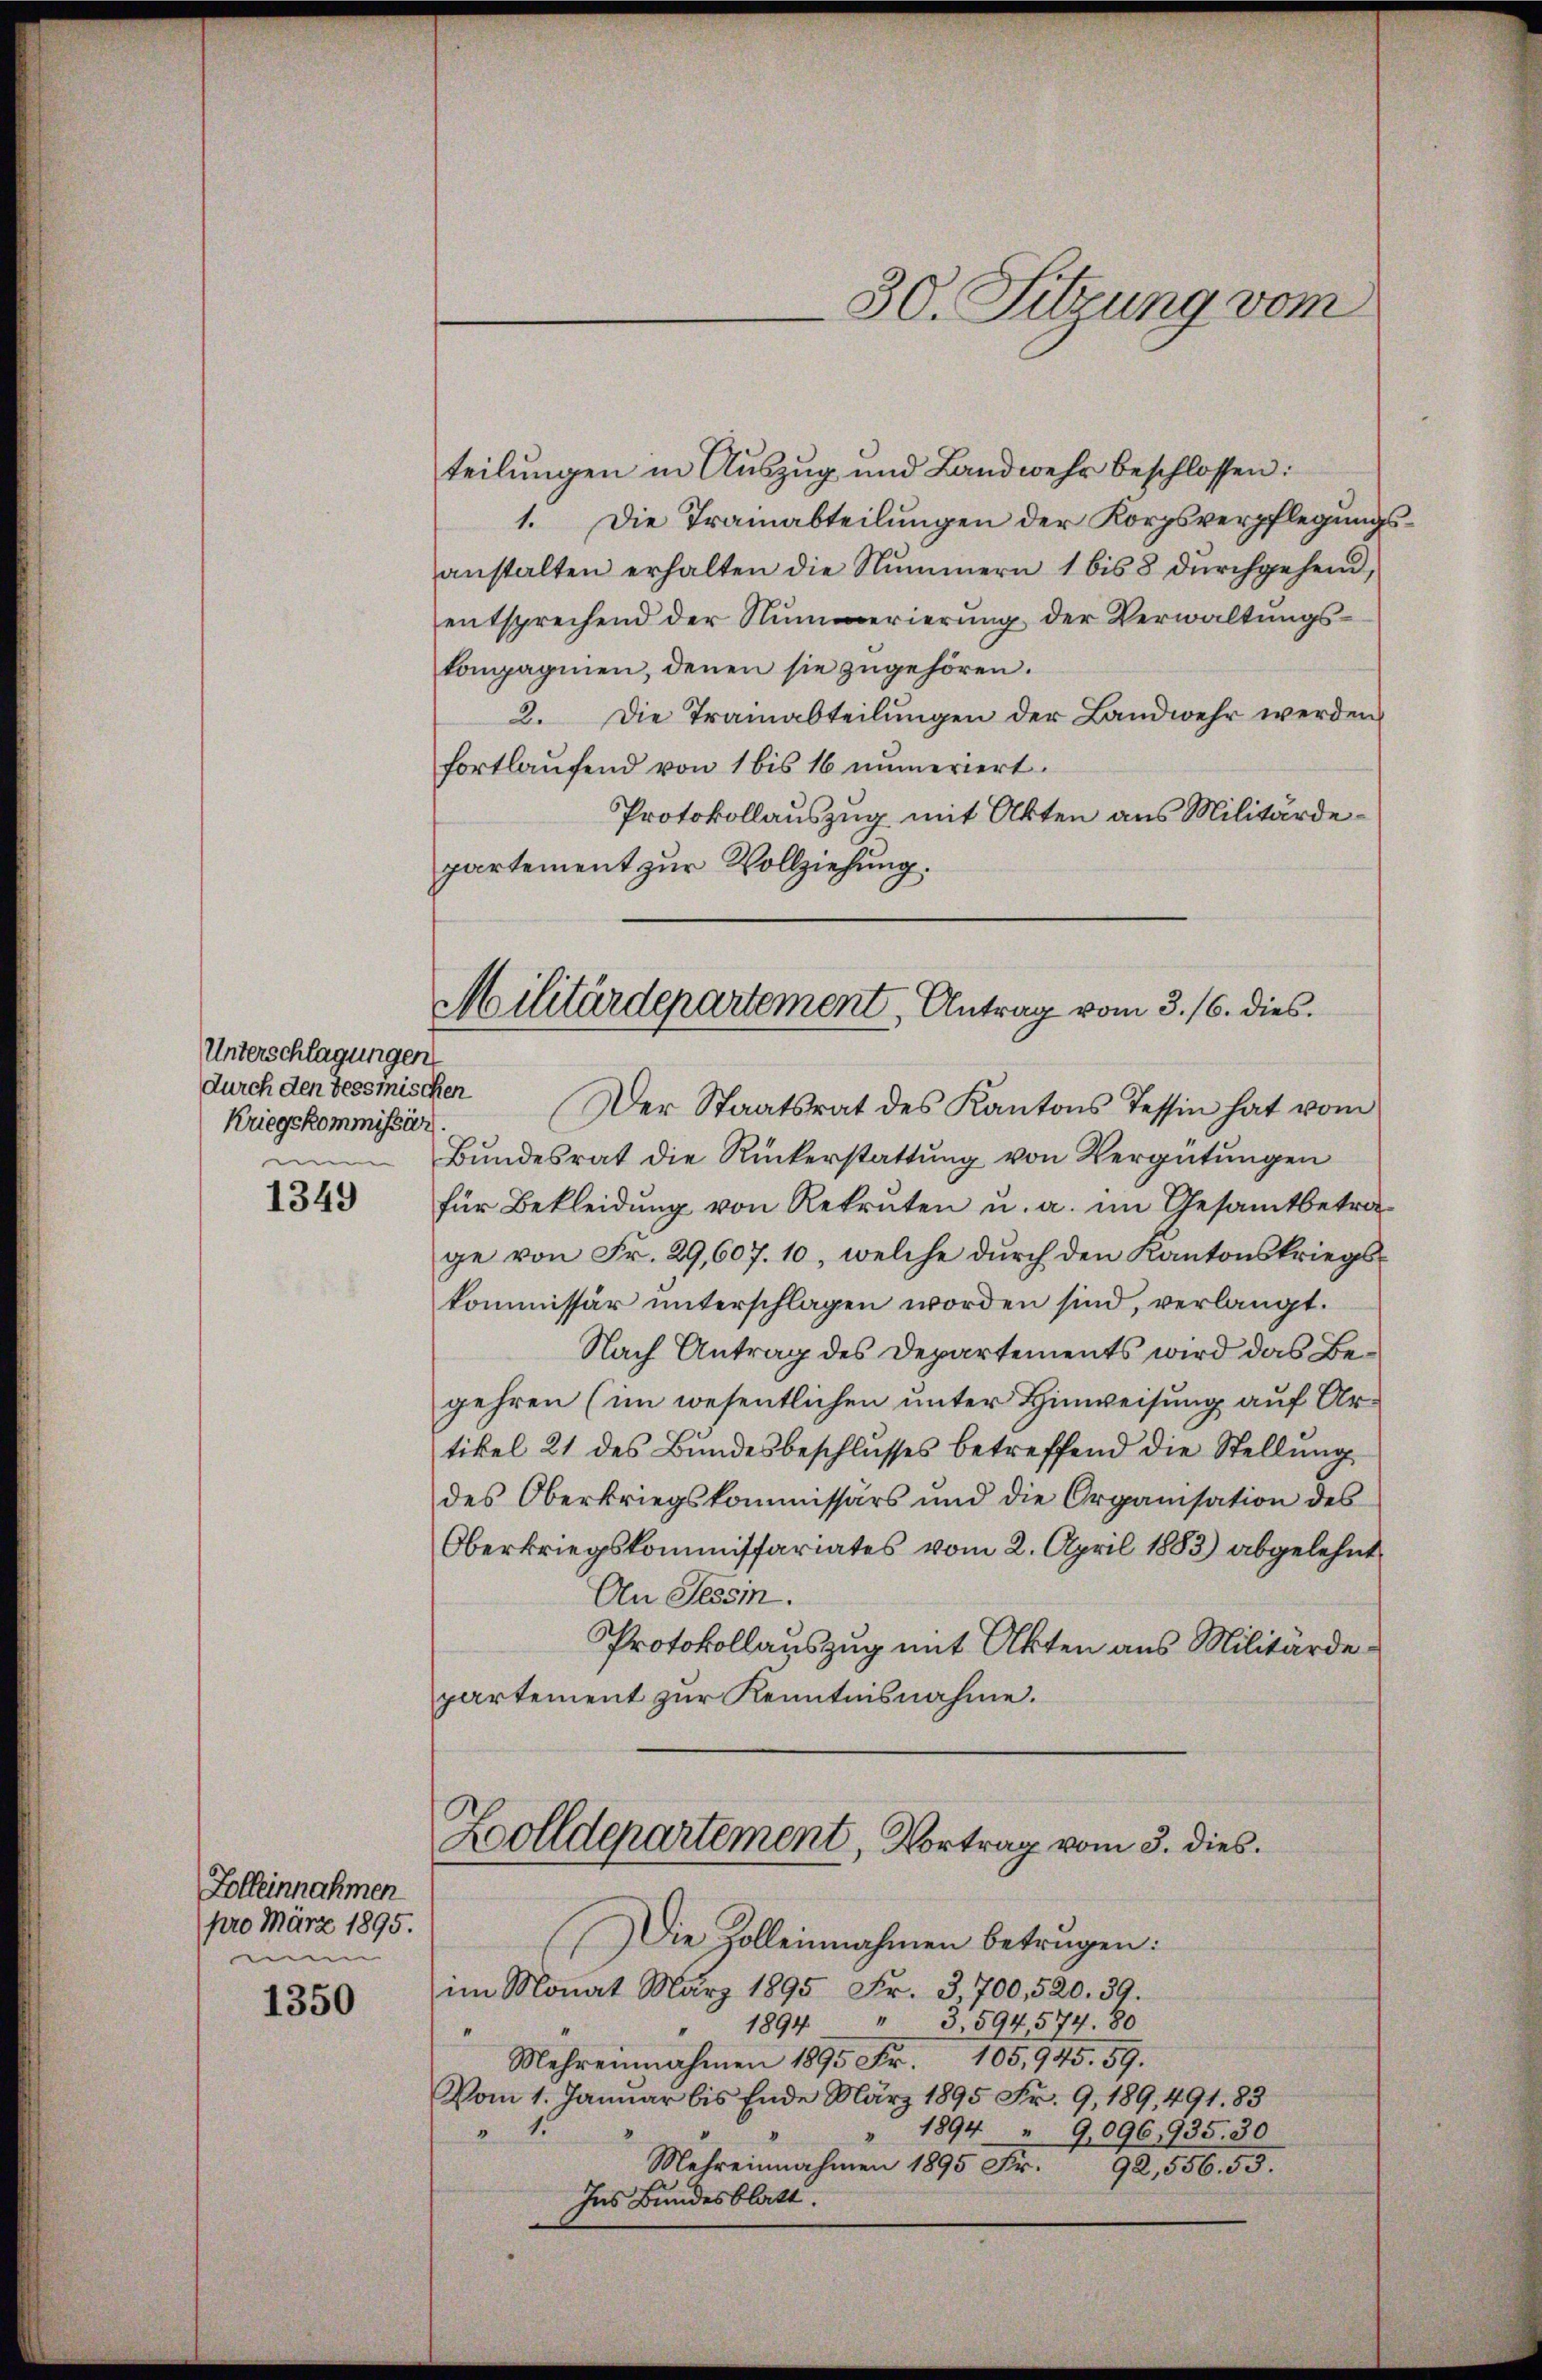
Unterschlagungen
Kriegskommissär
menn

1349

Zolleinnahmen
pro März 1895.
men

1350

teilungen in Auszug und Landwehr beschlossen:
1. Die Trainabteilungen der Korpsverpflegungsanstalten erhalten die Nummern 1 bis 8 dŭrchgehend,
entsprechend der Nummerierung der Verwaltungskompagnien, denen sie zŭgehören.
2. Die Trainabteilungen der Landwehr werden
fortlaufend von 1 bis 16 numeriert.
Protokollauszug mit Akten aus Militärdepartement zur Vollziehung.
durch den Tessmischen Der Staatsrat des Kantons Tessin hat vom
Bŭndesrat die Rückerstattŭng von Vergütŭngen
für Bekleidung von Rekruten u. a. im Gesamtbetra-
ge von Fr. 29,607. 10, welche durch den Kantonskriegskommissär unterschlagen worden sind, verlangt.
Nach Antrag des Departements wird das Begehren (im wesentlichen unter Hinweisung auf Artikel 21 des Bundesbeschlusses betreffend die Stellung
des Oberkriegskommissärs und die Organisation des
Oberkriegskommissariates vom 2. April 1883) abgelehnt
An Tessin.
Protokollauszug mit Akten aus Militärdepartement zur Kenntnisnahme.

30. Sitzung vom

Militärdepartement Antrag vom 3. 16. dies

Zolldepartement, Vortrag vom 3. dies

Die Zolleinnahmen betragen:
im Monat März 1895 Fr. 3,700, 520. 39.
1894 " 3,594, 574. 80
Mehreinnahmen 1895 Fr. 105,945. 59.
Vom 1. Januar bis Ende März 1895 Fr. 9, 189. 491. 83
1894 " 9,096,935. 30
15
Mehreinnahmen 1895 Fr. 92,556. 53.
Ins Bundesblatt.